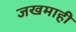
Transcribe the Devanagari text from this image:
जखमाही